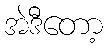
အဲဒီတော့